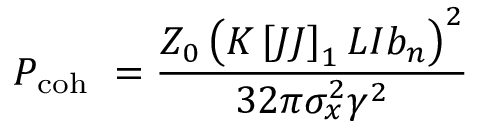
P _ { \mathrm { c o h \ } } = \frac { Z _ { 0 } \left( K \left[ J J \right] _ { 1 } L I b _ { n } \right) ^ { 2 } } { 3 2 \pi \sigma _ { x } ^ { 2 } \gamma ^ { 2 } }